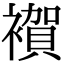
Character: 𧝂